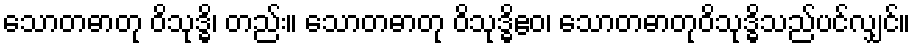
သောတဓာတု ဝိသုဒ္ဓိ၊ တည်း။ သောတဓာတု ဝိသုဒ္ဓိဧဝ၊ သောတဓာတုဝိသုဒ္ဓိသည်ပင်လျှင်။